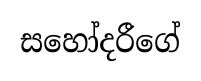
සහෝදරීගේ